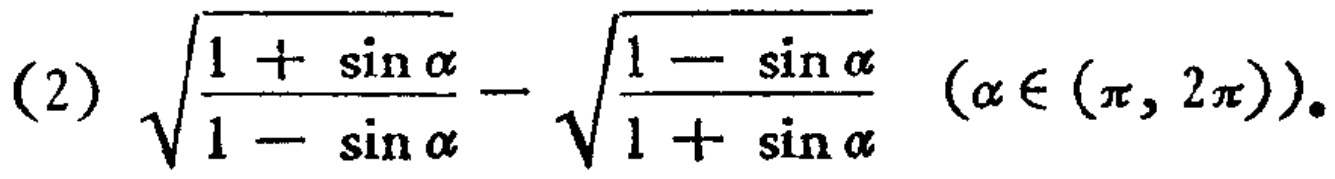
\((2)\) \(\sqrt{\frac{1 + \sin\alpha}{1 - \sin\alpha}} - \sqrt{\frac{1 - \sin\alpha}{1 + \sin\alpha}}\) \((\alpha\in(\pi, 2\pi))\)